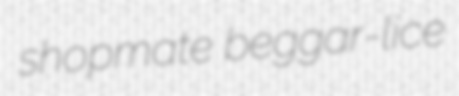
shopmate beggar-lice